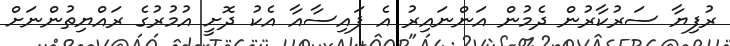
ރުފިޔާ ސަރުކާރުން ދެމުން އަންނައިރު އެ ފައިސާއާ އެކު ދޮށީ އުމުރުގެ ރައްޔިތުންނަށް